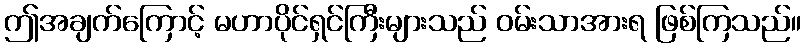
ဤအချက်ကြောင့် မဟာပိုင်ရှင်ကြီးများသည် ဝမ်းသာအားရ ဖြစ်ကြသည်။